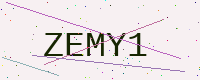
Text: ZEMY1